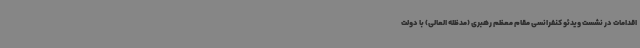
اقدامات در نشست ویدئو کنفرانسی مقام معظم رهبری (مدظله العالی) با دولت